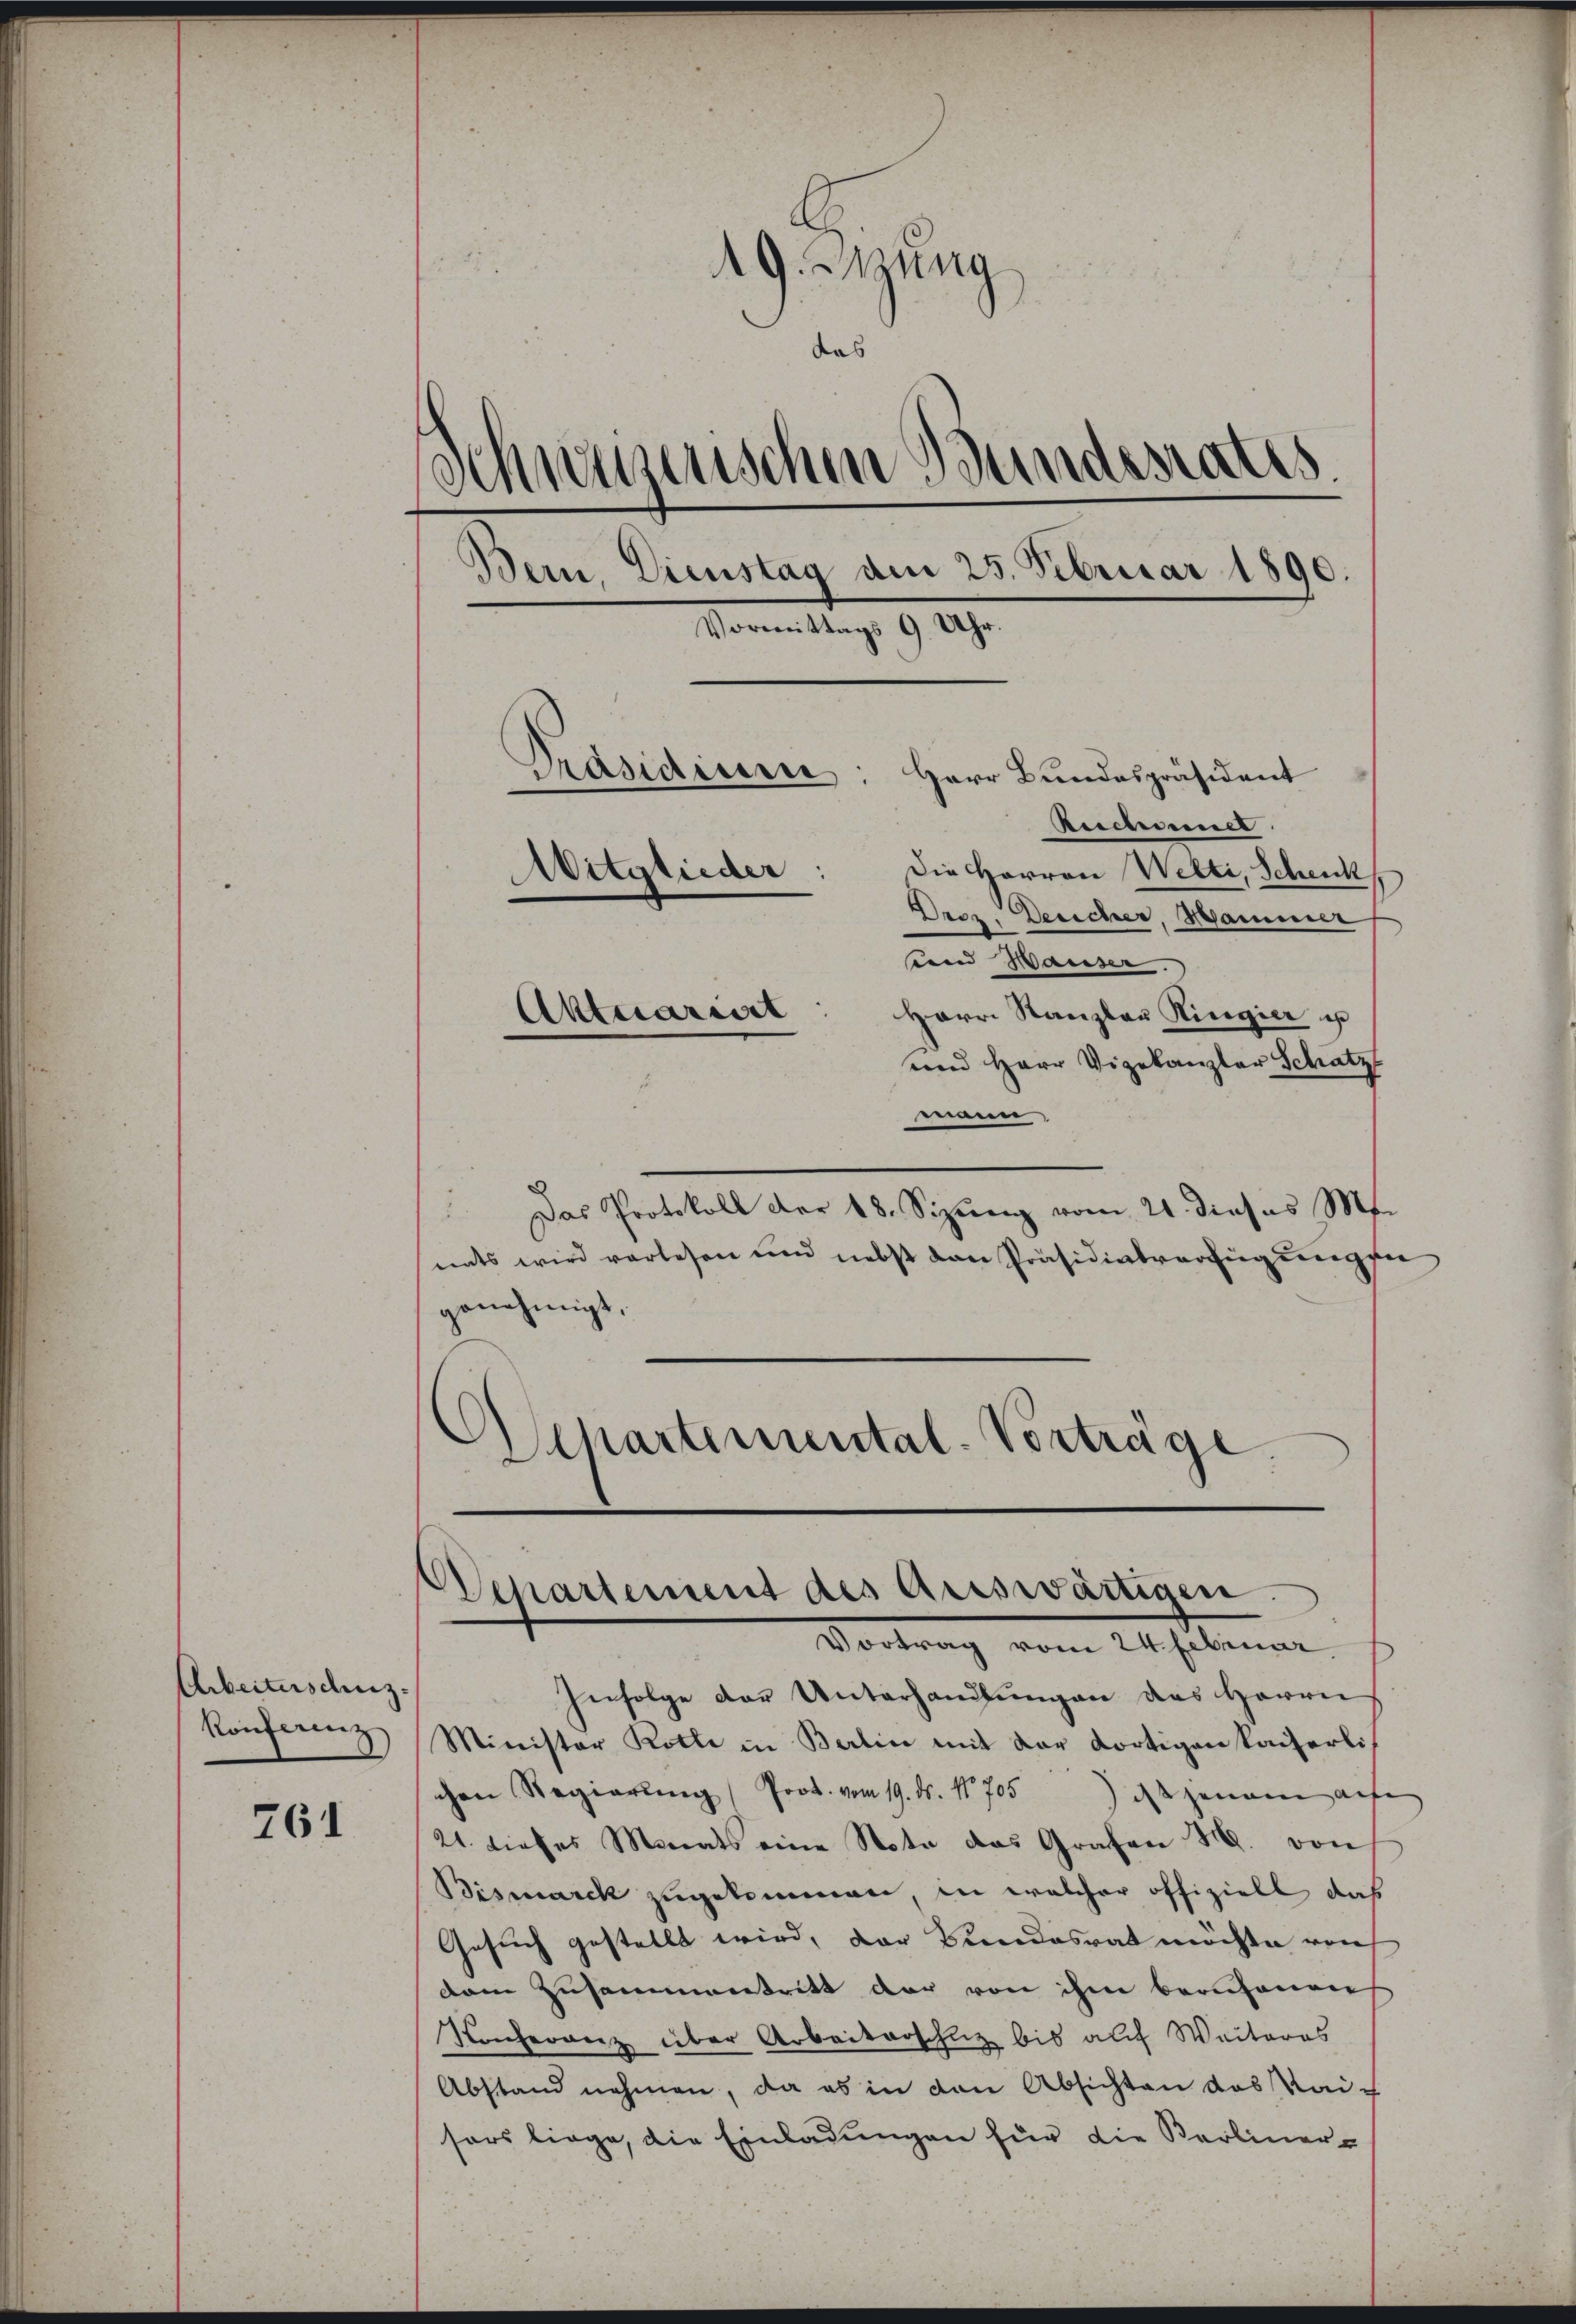
Arbeiteschus.
Konferenz

761

AG. Müng
das
Schweizerischen Bundesrates.
Bern, Dienstag dem 25. Februar 1890.
Vormittags 9 Uhr.
Präsidium
Herr Bundespräsident
Rechnel
die Herren Welti, Schenk
Mitglieder:
Droz. Desicher, Hammer
send Waiser.
Herr Kanzlau Ringier u
Aktuariirt
und Herr Vizekanzler Schatz

mann,
Das Protokoll der 48. Sizŭng vom 21. dieses M.
nats wird vorlesen und nebst dan Präsidialverfügungen
genehmigt.
Separtemental-Vorträge.

Infolge der Unterhandlungen das Herrn
Minister Rotte in Berlin mit der dortigen kaiserlis
chen Regierŭng Prok. vom 19. ds. No 705 des jenem auf
21. dieses Monats eine Note das Grafen M. von
Bismarck zugekommen, in welcher offiziell das
Gesuch gestellt wird, das Bundesrat möchte von
dem Zusammentritt der von ihm berufenen
Konferenz über Arbeiterschutz bis auf Weiteres
Abstand nehmen, da es in den Absichten das Raic
sors liege, die Einladungen für die Karliner-

Wenartement des Auswärtigen.
Vortrag vom 24. seiner